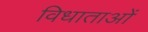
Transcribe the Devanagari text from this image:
विधाताओं